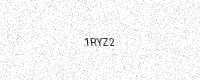
Text: 1RYZ2